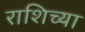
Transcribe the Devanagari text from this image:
राशिच्या